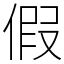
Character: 假